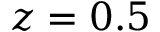
z = 0 . 5